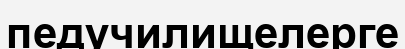
педучилищелерге